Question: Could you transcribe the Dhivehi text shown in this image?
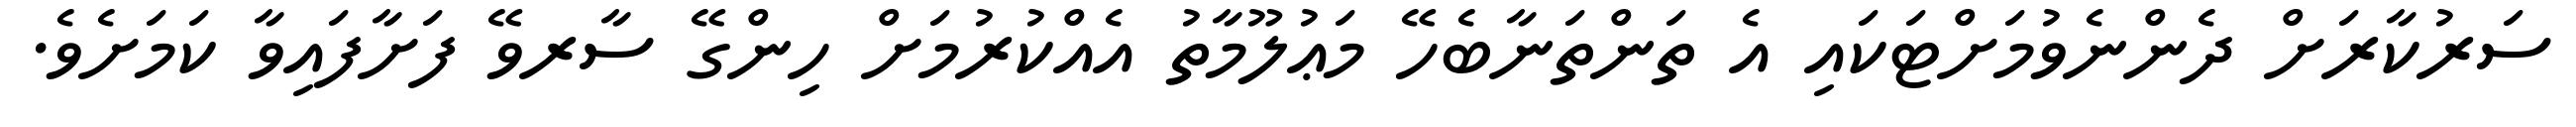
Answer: ސަރުކާރަށް ދެންނެވުމަށްޓަކައި އެ ތަންތަނާބެހޭ މަޢުލޫމާތު އެއްކުރުމަށް ހިންގޭ ސާރވޭ ފަށާފައިވާ ކަމަށެވެ.